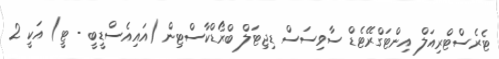
ޓެރެސްޓްރިއަލް އިންޓަގްރޭޓެޑް ސާވިސަސް ޑިޖިޓަލް ބްރޯޑްކާސްޓިން (އައިއެސްޑީބީ - ޓީ) އަކީ 2